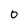
Character: 0